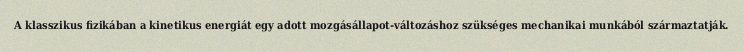
A klasszikus fizikában a kinetikus energiát egy adott mozgásállapot-változáshoz szükséges mechanikai munkából származtatják.